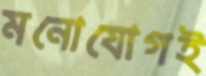
মনোযোগই